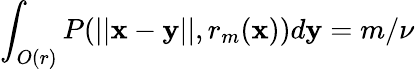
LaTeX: \int_{O(r)}P(||\mathbf x-\mathbf y||,r_{m}(\mathbf x))d\mathbf y=m/\nu